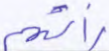
رأتهم